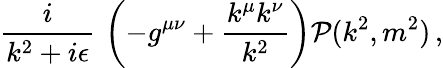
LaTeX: {\frac{i}{k^{2}+i\epsilon}}\, \left(-g^{\mu\nu}+{\frac{k^{\mu}k^{\nu}}{k^{2}}}\right){\cal P}(k^{2},m^{2})\, ,